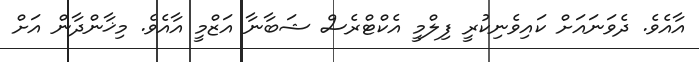
އާއެވެ. ދެވަނައަށް ކައިވެނިކުރީ ފިލްމީ އެކްޓްރެސް ޝަބާނާ އަޒްމީ އާއެވެ. މިޚާންދާން އަށް